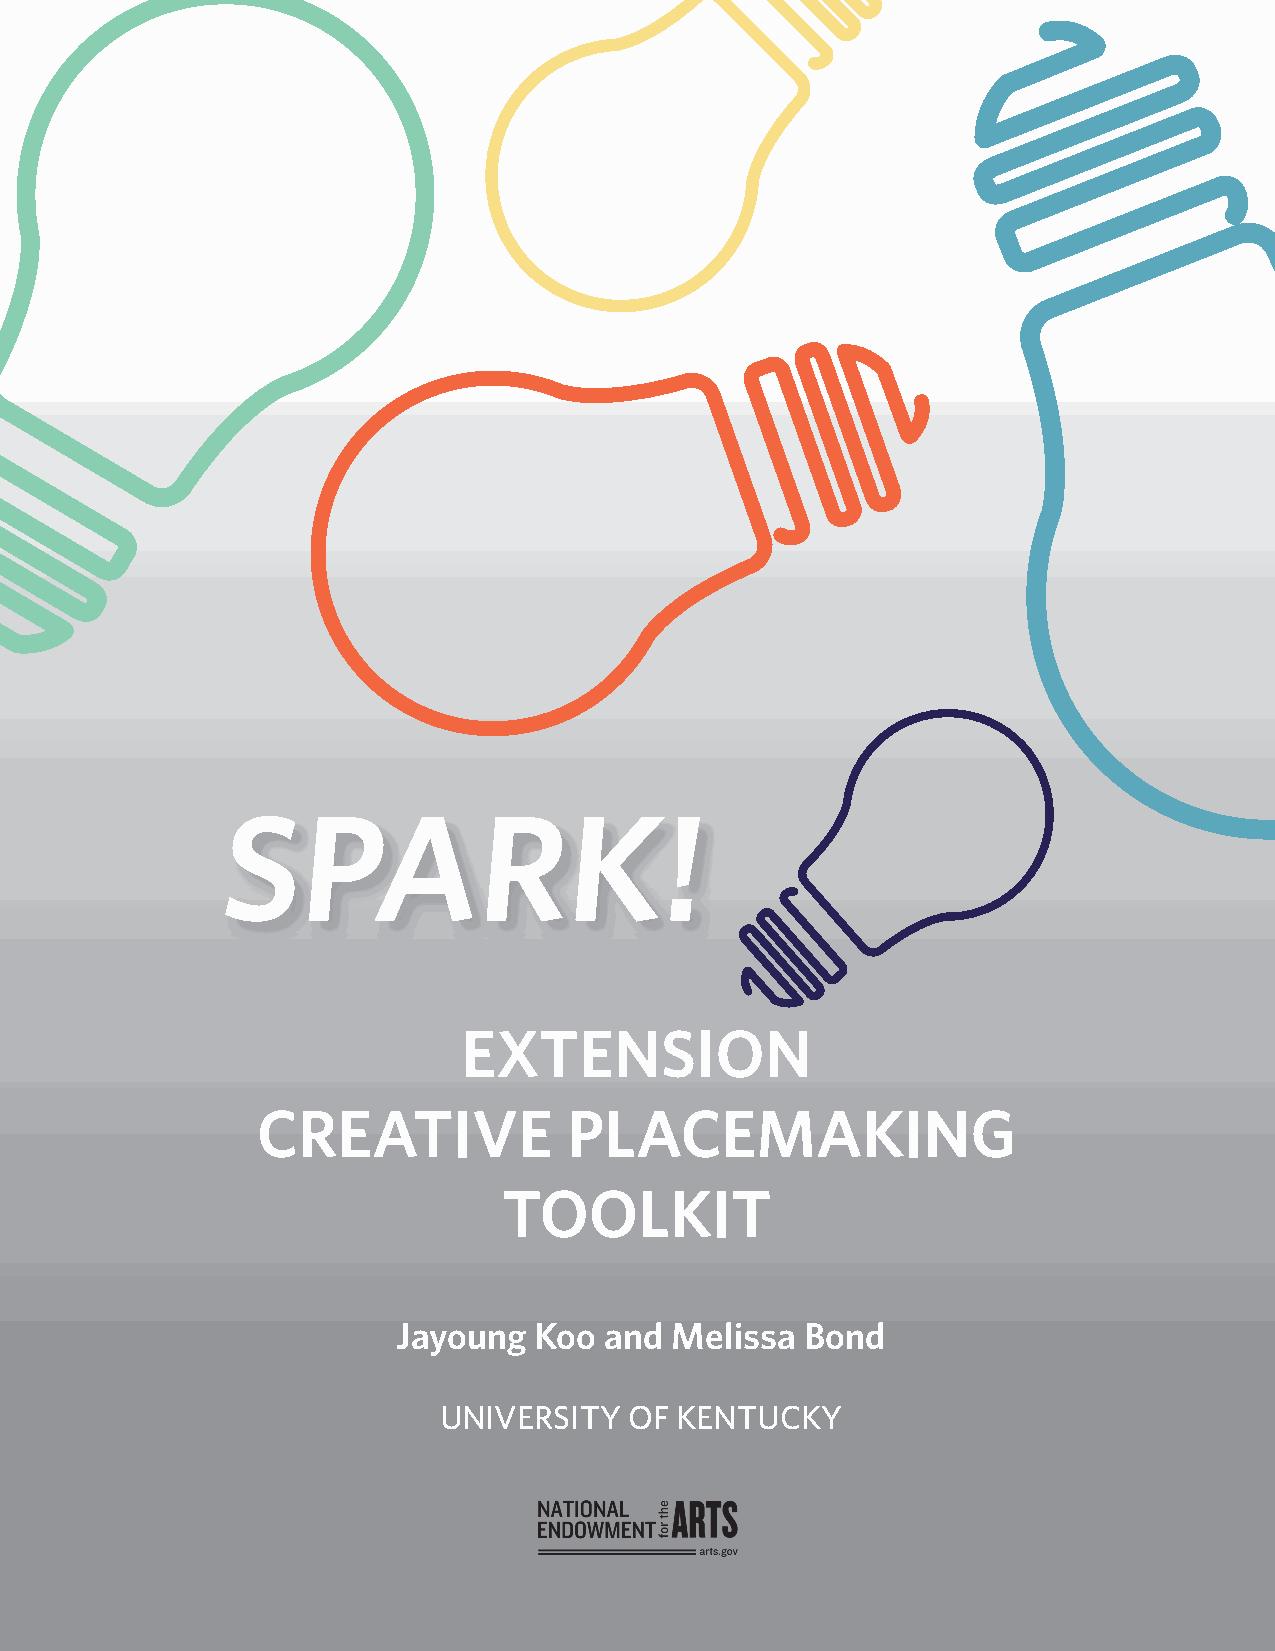
SPARK!
 EXTENSION
 CREATIVE             PLACEMAKING
 TOOLKIT
 Jayoung  Koo  and Melissa  Bond
 UNIVERSITY   OF KENTUCKY
 SPARK! REFERENCES                                                        i